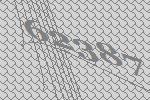
62387